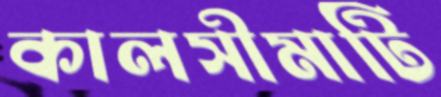
কালসীমাটি